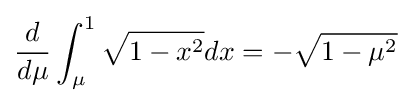
{\frac {d}{d\mu }}\int _{\mu }^{1}{\sqrt {1-x^{2}}}dx=-{\sqrt {1-\mu ^{2}}}